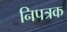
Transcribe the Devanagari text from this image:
निपत्रक